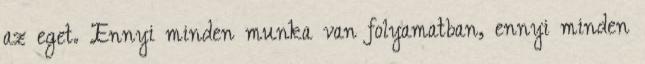
az eget. Ennyi minden munka van folyamatban, ennyi minden